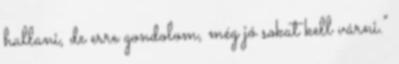
hallani, de erre gondolom, még jó sokat kell várni."